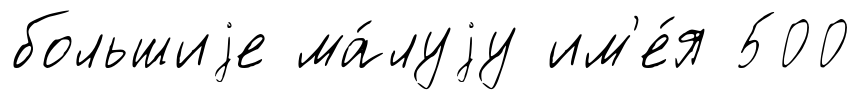
большиjе ма́луjу им'е́я 500